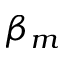
\beta _ { m }